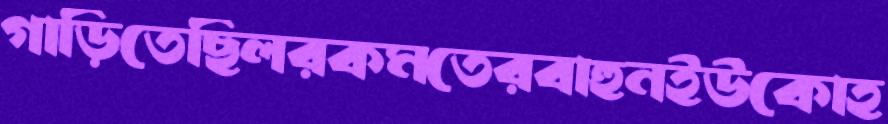
গাড়িতেছিলরকমতেরবাহুনইউকোহ